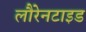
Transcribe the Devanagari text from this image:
लौरेनटाइड